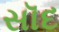
સૉદ